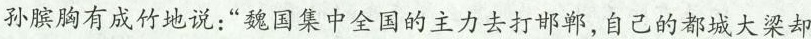
孙膑胸有成竹地说：”魏国集中全国的主力去打邯郸，自己的都城大梁却